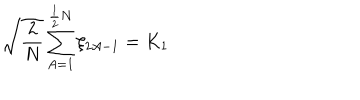
\sqrt { \frac { 2 } { N } } \sum _ { A = 1 } ^ { \frac { 1 } { 2 } N } \xi _ { 2 A - 1 } = K _ { 1 }